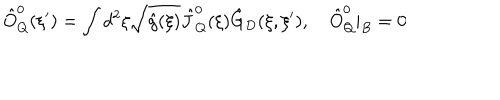
LaTeX: { \hat { O } _ { Q } ^ { 0 } } ( \xi ^ { \prime } ) = \int { d ^ { 2 } } \xi \sqrt { \hat { g } ( \xi ) } { \hat { J } _ { Q } ^ { 0 } } ( \xi ) { \hat { G } _ { D } } ( \xi , \xi ^ { \prime } ) , \quad { \hat { O } _ { Q } ^ { 0 } } { | _ { B } } = 0